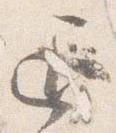
通